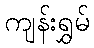
ကျန်းရွှမ်